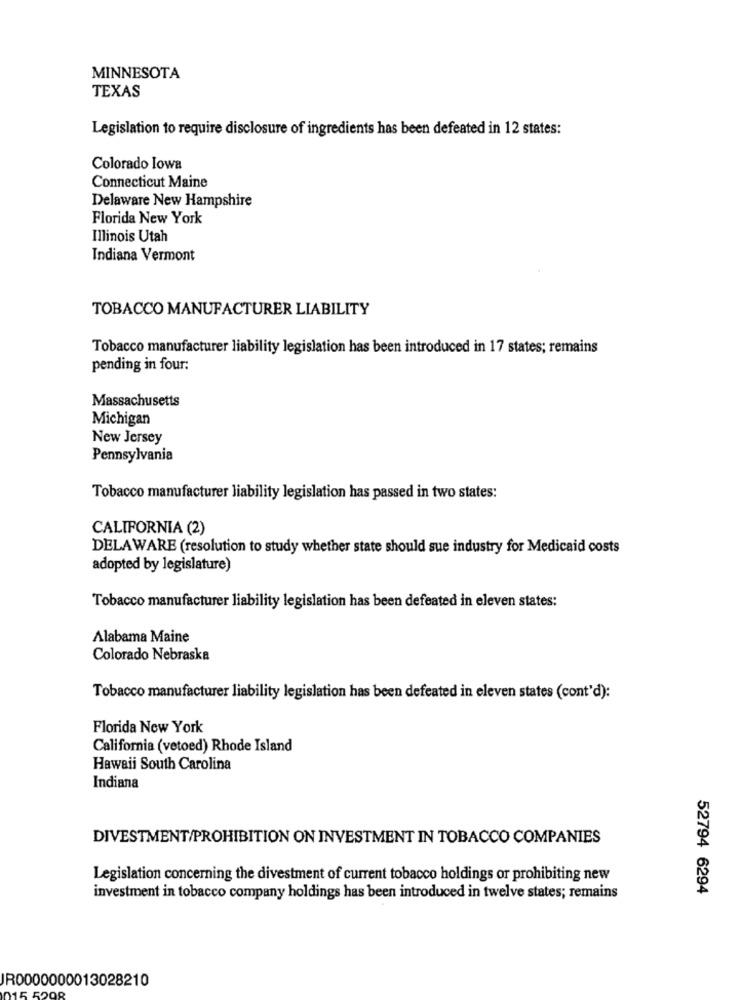
MINNESOTA
TEXAS
Legislation to require disclosure of ingredients has been defeated in 12 states:
Colorado Iowa
Connecticut Maine
Delaware New Hampshire
Florida New York
Illinois Utah
Indiana Vermont
TOBACCO MANUFACTURER LIABILITY
Tobacco manufacturer liability legislation has been introduced in 17 states; remains
pending in four:
Massachusetts
Michigan
New Jersey
Pennsylvania
Tobacco manufacturer liability legislation has passed in two states:
CALIFORNIA (2)
DELAWARE (resolution to study whether state should sue industry for Medicaid costs
adopted by legislature)
Tobacco manufacturer liability legislation has been defeated in eleven states:
Alabama Maine
Colorado Nebraska
Tobacco manufacturer liability legislation has been defeated in eleven states (cont'd):
Florida New York
California (vetoed) Rhode Island
Hawaii South Carolina
Indiana
DIVESTMENT/PROHIBITION ON INVESTMENT IN TOBACCO COMPANIES
Legislation concerning the divestment of current tobacco holdings or prohibiting new
52794 6294
investment in tobacco company holdings has been introduced in twelve states; remains
JR0000000013028210